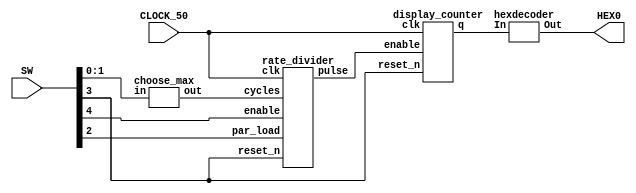
module clock_counter(CLOCK_50, SW, HEX0);
  input CLOCK_50;
  input [4:0] SW;
  output [6:0] HEX0;
  wire [27:0] max;
  wire pulse;
  wire [3:0] q;
  
	
  // SW[4] = enable.
  // SW[2] = par_load.
  // SW[3] = reset_n.

  choose_max c_0(
                  .in({SW[1], SW[0]}),
                  .out(max)
                  );

  rate_divider r_0(
                  .cycles(max),
                  .clk(CLOCK_50),
                  .enable(SW[4]),
                  .par_load(SW[2]),
                  .reset_n(SW[3]),
                  .pulse(pulse)
    );


  display_counter d_0(
                    .clk(CLOCK_50),
                    .enable(pulse),
                    .reset_n(SW[3]),
                    .q(q)
      );

  hexdecoder h_0(
                  .In(q),
                  .Out(HEX0)
    );

endmodule


module choose_max(in, out);
  input [1:0] in;
  output reg [27:0] out;
  always @(*)
  begin
    case (in)
        2'b00: out <= 0;
        2'b01: out <= 50000000 - 1;
        2'b10: out <= 100000000 - 1;
        2'b11: out <= 200000000 - 1;
        default: out <= 0;
    endcase
  end
endmodule

module rate_divider(cycles, clk, enable, par_load, reset_n, pulse);
  input [27:0] cycles;
  input clk, reset_n, par_load, enable;
  reg [27:0] q;
  output reg pulse;


  always @(posedge clk)
  begin
      if (reset_n == 1'b0)
          q <= cycles;
      else if (par_load == 1'b1)
          q <= cycles;
      else if (enable == 1'b1)
          begin
              if (q == 0)
                  q <= cycles;
              else
                  q <= q - 1'b1;
          end
  end

  always @(*)
  begin
  if(q == cycles)
    pulse = 1'b1;
  else
    pulse = 1'b0;
  end

endmodule



module display_counter(clk, enable, reset_n, q);
  input clk, enable, reset_n;
  output reg [3:0] q;

  always @(posedge clk)
  begin
      if (reset_n == 1'b0)
          q <= 0;
      else if (enable == 1'b1)
          begin
              if (q == 4'b1111)
                  q <= 0;
              else
                  q <= q + 1'b1;
          end
    end

endmodule

module hexdecoder(In, Out);

    input [3:0] In;

    output [6:0] Out;

    assign Out[0] = (~In[3] & ~In[2] & ~In[1] & In[0]) | (~In[3] & In[2] & ~In[1] & ~In[0]) | (In[3] & ~In[2] & In[1] & In[0]) | (In[3] & In[2] & ~In[1] & In[0]);

    assign Out[1] = (~In[3] & In[2] & ~In[1] & In[0]) | (~In[3] & In[2] & In[1] & ~In[0]) | (In[3] & ~In[2] & In[1] & In[0]) | (In[3] & In[2] & ~In[1] & ~In[0]) | (In[3] & In[2] & In[1] & ~In[0]) | (In[3] & In[2] & In[1] & In[0]);

    assign Out[2] = (~In[3] & ~In[2] & In[1] & ~In[0]) | (In[3] & In[2] & ~In[1] & ~In[0]) | (In[3] & In[2] & In[1] & ~In[0]) | (In[3] & In[2] & In[1] & In[0]);

    assign Out[3] = (~In[3] & ~In[2] & ~In[1] & In[0]) | (~In[3] & In[2] & ~In[1] & ~In[0]) | (~In[3] & In[2] & In[1] & In[0]) | (In[3] & ~In[2] & In[1] & ~In[0]) | (In[3] & In[2] & In[1] & In[0]);

    assign Out[4] = (~In[3] & ~In[2] & ~In[1] & In[0]) | (~In[3] & ~In[2] & In[1] & In[0]) | (~In[3] & In[2] & ~In[1] & ~In[0]) | (~In[3] & In[2] & ~In[1] & In[0]) | (~In[3] & In[2] & In[1] & In[0]) | (In[3] & ~In[2] & ~In[1] & In[0]);

    assign Out[5] = (~In[3] & ~In[2] & ~In[1] & In[0]) | (~In[3] & ~In[2] & In[1] & ~In[0]) | (~In[3] & ~In[2] & In[1] & In[0]) | (~In[3] & In[2] & In[1] & In[0]) | (In[3] & In[2] & ~In[1] & In[0]);

    assign Out[6] = (~In[3] & ~In[2] & ~In[1] & ~In[0]) | (~In[3] & ~In[2] & ~In[1] & In[0]) | (~In[3] & In[2] & In[1] & In[0]) | (In[3] & In[2] & ~In[1] & ~In[0]);

endmodule